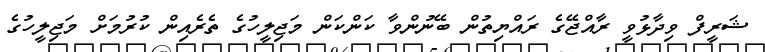
ޝަރީފް ވިދާޅުވީ ރާއްޖޭގެ ރައްޔިތުން ބޭނުންވާ ކަންކަން މަޖިލީހުގެ ތެރެއިން ކުރުމަށް މަޖިލީހުގެ